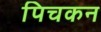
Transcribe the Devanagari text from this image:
पिचकन